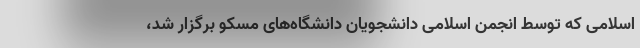
اسلامی که توسط انجمن اسلامی دانشجویان دانشگاه‌های مسکو برگزار شد،